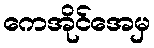
ကေအိုင်အေမှ